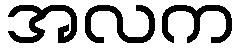
အလက